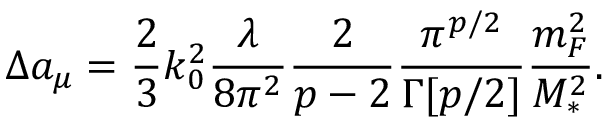
\Delta a _ { \mu } = \frac { 2 } { 3 } k _ { 0 } ^ { 2 } \frac { \lambda } { 8 \pi ^ { 2 } } \frac { 2 } { p - 2 } \frac { \pi ^ { p / 2 } } { \Gamma [ p / 2 ] } \frac { m _ { F } ^ { 2 } } { M _ { * } ^ { 2 } } .